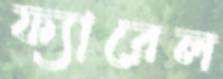
ফ্যারেল